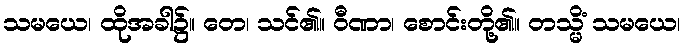
သမယေ၊ ထိုအခါ၌။ တေ၊ သင်၏။ ဝီဏာ၊ စောင်းတို့၏။ တသ္မိံ သမယေ၊